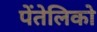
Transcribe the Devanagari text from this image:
पेंतेलिको